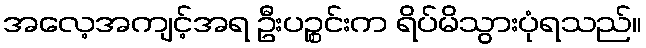
အလေ့အကျင့်အရ ဦးပဉ္စင်းက ရိပ်မိသွားပုံရသည်။